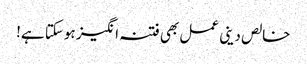
خالص دینی عمل بھی فتنہ انگیز ہوسکتا ہے!